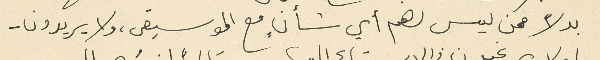
بدلاً ممن ليس لهم أي شأنٍ مع الموسيقى، ولا يريدون -